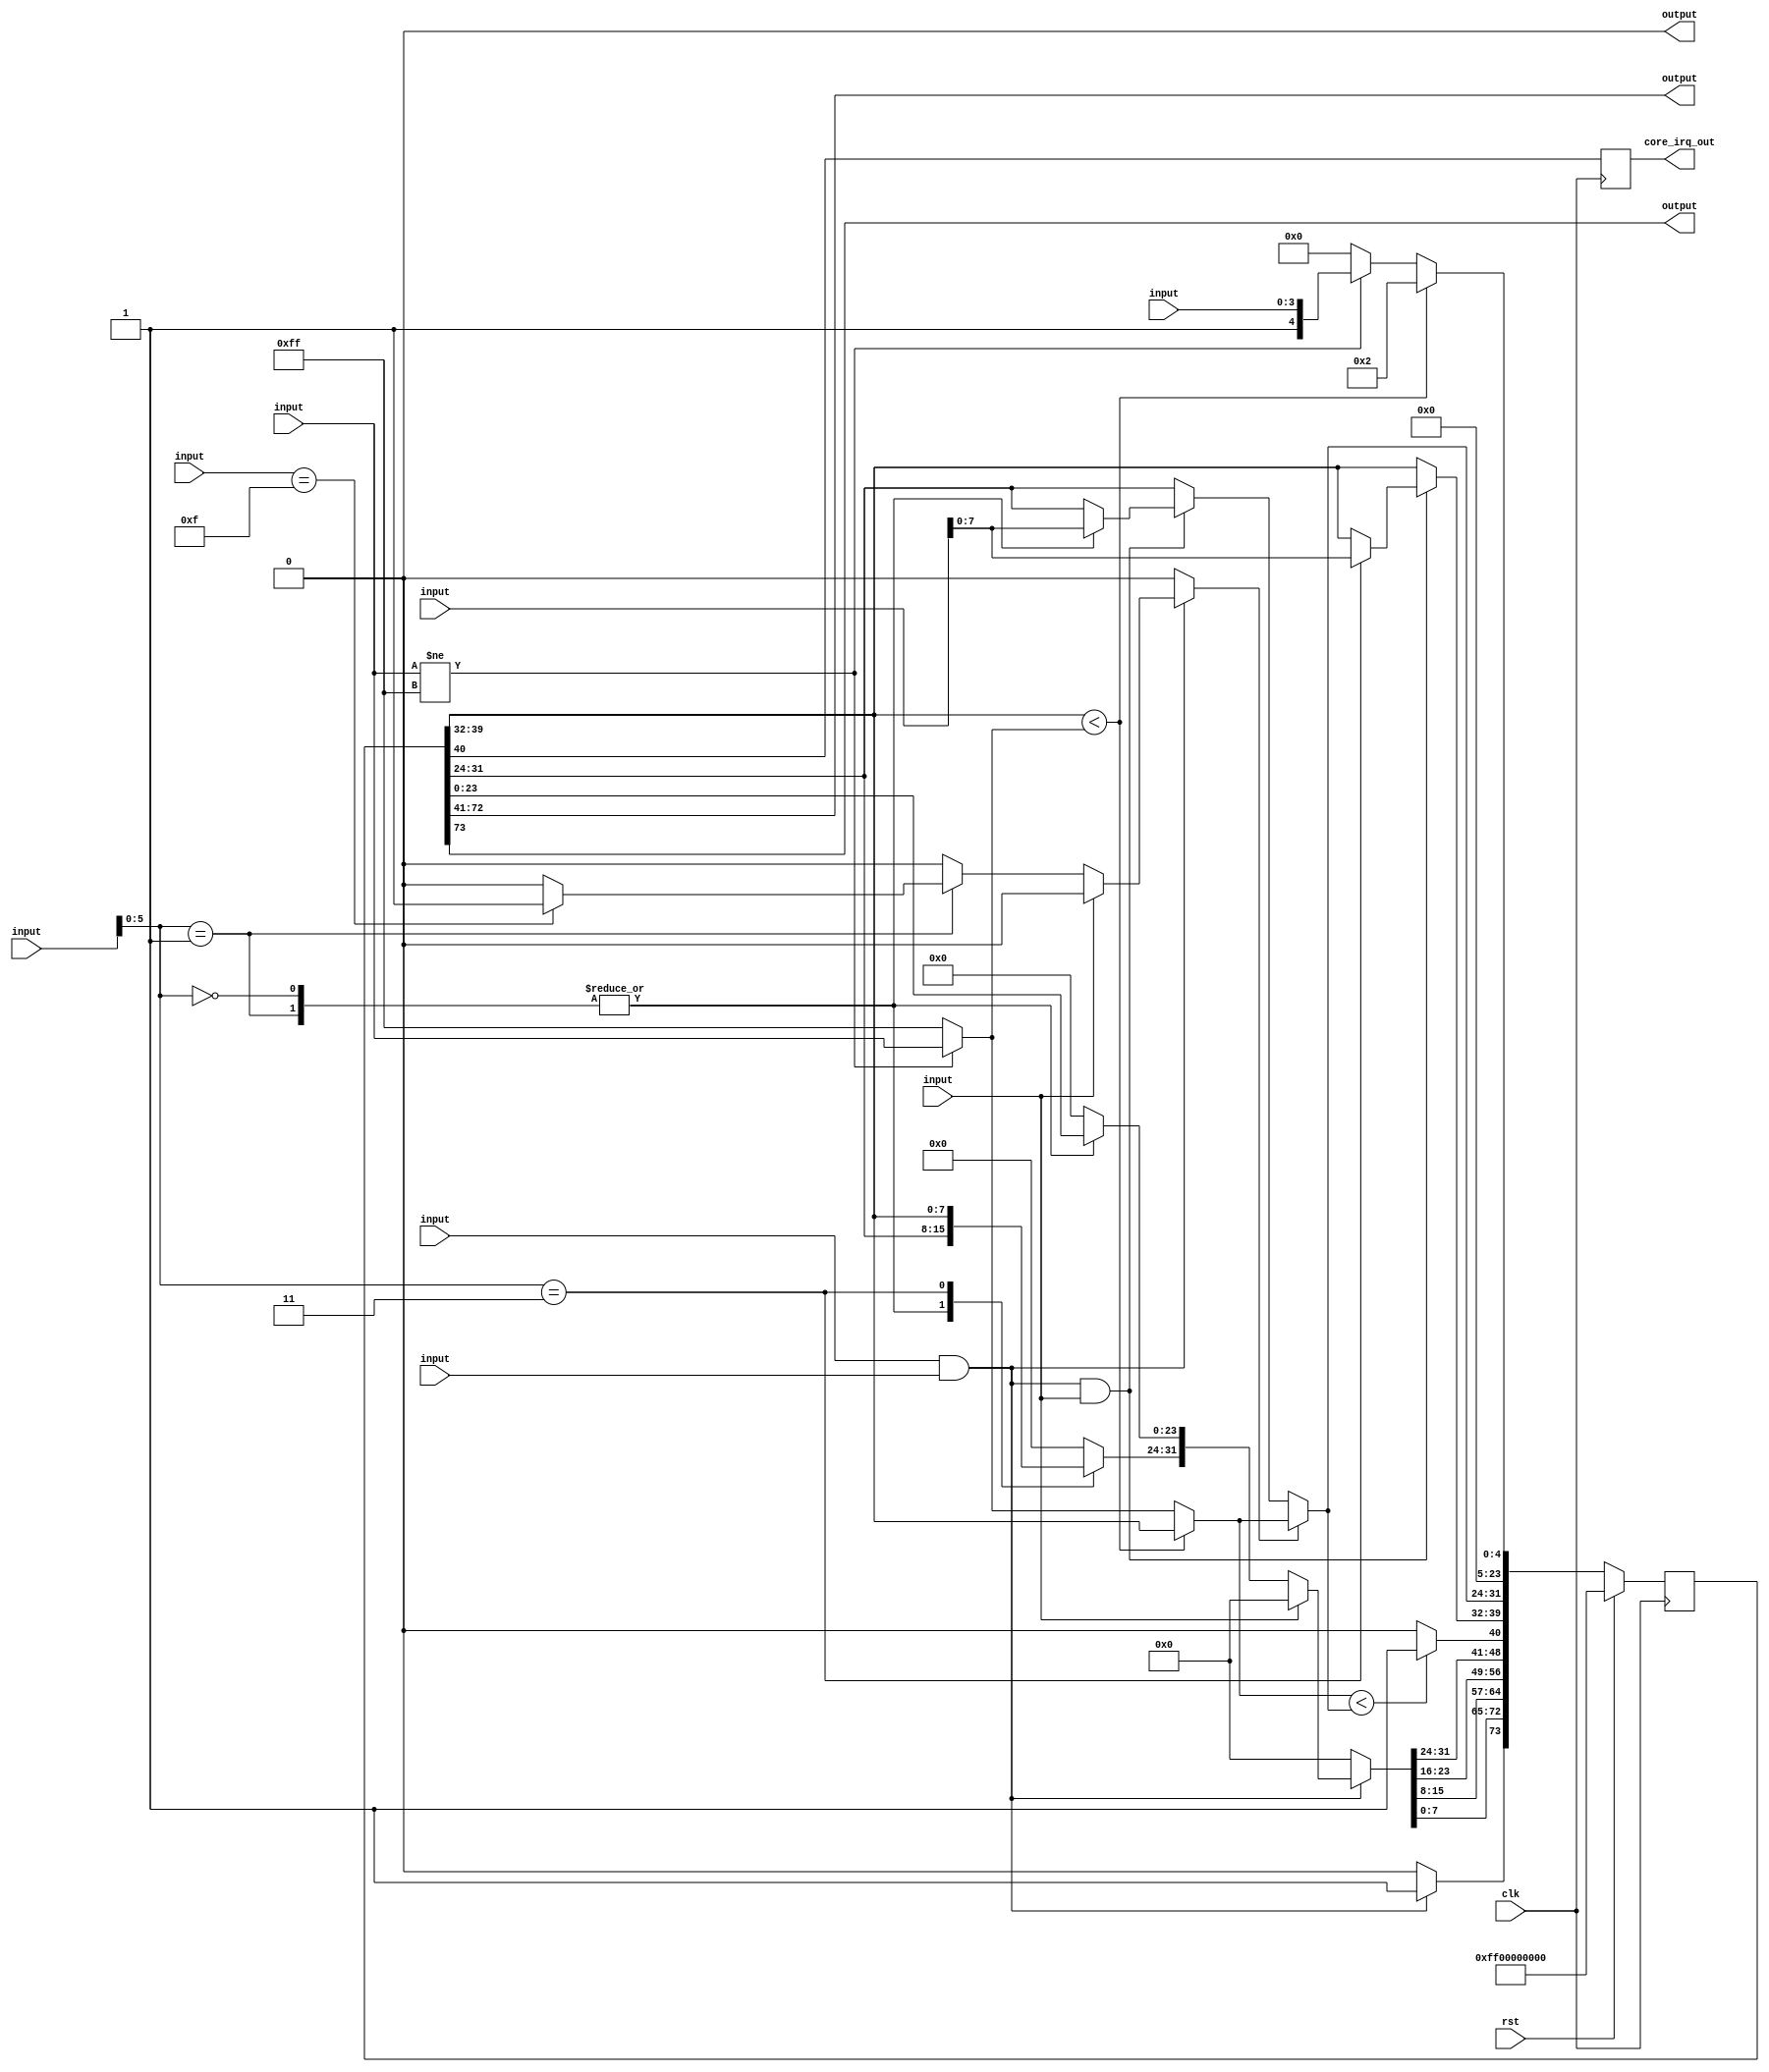
module xics_icp(clk, rst, \wb_in.adr , \wb_in.dat , \wb_in.sel , \wb_in.cyc , \wb_in.stb , \wb_in.we , \ics_in.src , \ics_in.pri , \wb_out.dat , \wb_out.ack , \wb_out.stall , core_irq_out);
  reg _00_;
  reg [73:0] _01_;
  wire _02_;
  wire _03_;
  wire _04_;
  wire _05_;
  wire [7:0] _06_;
  wire [7:0] _07_;
  wire _08_;
  wire _09_;
  wire _10_;
  wire _11_;
  wire _12_;
  wire _13_;
  wire [23:0] _14_;
  wire [7:0] _15_;
  wire _16_;
  wire [31:0] _17_;
  wire _18_;
  wire _19_;
  wire _20_;
  wire [31:0] _21_;
  wire _22_;
  wire [23:0] _23_;
  wire [7:0] _24_;
  wire _25_;
  wire [23:0] _26_;
  wire [7:0] _27_;
  wire [7:0] _28_;
  wire [7:0] _29_;
  wire [7:0] _30_;
  wire _31_;
  wire _32_;
  wire [73:0] _33_;
  input clk;
  wire clk;
  output core_irq_out;
  wire core_irq_out;
  input [7:0] \ics_in.pri ;
  wire [7:0] \ics_in.pri ;
  input [3:0] \ics_in.src ;
  wire [3:0] \ics_in.src ;
  wire [73:0] r;
  wire [73:0] r_next;
  input rst;
  wire rst;
  input [29:0] \wb_in.adr ;
  wire [29:0] \wb_in.adr ;
  input \wb_in.cyc ;
  wire \wb_in.cyc ;
  input [31:0] \wb_in.dat ;
  wire [31:0] \wb_in.dat ;
  input [3:0] \wb_in.sel ;
  wire [3:0] \wb_in.sel ;
  input \wb_in.stb ;
  wire \wb_in.stb ;
  input \wb_in.we ;
  wire \wb_in.we ;
  output \wb_out.ack ;
  wire \wb_out.ack ;
  output [31:0] \wb_out.dat ;
  wire [31:0] \wb_out.dat ;
  output \wb_out.stall ;
  wire \wb_out.stall ;
  always @(posedge clk)
    _00_ <= r[40];
  always @(posedge clk)
    _01_ <= r_next;
  assign _02_ = \wb_in.cyc  & \wb_in.stb ;
  assign _03_ = { \wb_in.adr [5:0], 2'h0 } == 8'h00;
  assign _04_ = { \wb_in.adr [5:0], 2'h0 } == 8'h04;
  assign _05_ = { \wb_in.adr [5:0], 2'h0 } == 8'h0c;
  function [7:0] \2970 ;
    input [7:0] a;
    input [23:0] b;
    input [2:0] s;
    (* parallel_case *)
    casez (s)
      3'b??1:
        \2970  = b[7:0];
      3'b?1?:
        \2970  = b[15:8];
      3'b1??:
        \2970  = b[23:16];
      default:
        \2970  = a;
    endcase
  endfunction
  assign _06_ = \2970 (r[31:24], { r[31:24], \wb_in.dat [7:0], \wb_in.dat [7:0] }, { _05_, _04_, _03_ });
  function [7:0] \2972 ;
    input [7:0] a;
    input [23:0] b;
    input [2:0] s;
    (* parallel_case *)
    casez (s)
      3'b??1:
        \2972  = b[7:0];
      3'b?1?:
        \2972  = b[15:8];
      3'b1??:
        \2972  = b[23:16];
      default:
        \2972  = a;
    endcase
  endfunction
  assign _07_ = \2972 (r[39:32], { \wb_in.dat [7:0], r[39:32], r[39:32] }, { _05_, _04_, _03_ });
  assign _08_ = { \wb_in.adr [5:0], 2'h0 } == 8'h00;
  assign _09_ = \wb_in.sel  == 4'hf;
  assign _10_ = _09_ ? 1'h1 : 1'h0;
  assign _11_ = { \wb_in.adr [5:0], 2'h0 } == 8'h04;
  assign _12_ = { \wb_in.adr [5:0], 2'h0 } == 8'h0c;
  function [0:0] \2997 ;
    input [0:0] a;
    input [2:0] b;
    input [2:0] s;
    (* parallel_case *)
    casez (s)
      3'b??1:
        \2997  = b[0:0];
      3'b?1?:
        \2997  = b[1:1];
      3'b1??:
        \2997  = b[2:2];
      default:
        \2997  = a;
    endcase
  endfunction
  assign _13_ = \2997 (1'h0, { 1'h0, _10_, 1'h0 }, { _12_, _11_, _08_ });
  function [23:0] \3001 ;
    input [23:0] a;
    input [71:0] b;
    input [2:0] s;
    (* parallel_case *)
    casez (s)
      3'b??1:
        \3001  = b[23:0];
      3'b?1?:
        \3001  = b[47:24];
      3'b1??:
        \3001  = b[71:48];
      default:
        \3001  = a;
    endcase
  endfunction
  assign _14_ = \3001 (24'h000000, { 24'h000000, r[23:0], r[23:0] }, { _12_, _11_, _08_ });
  function [7:0] \3005 ;
    input [7:0] a;
    input [23:0] b;
    input [2:0] s;
    (* parallel_case *)
    casez (s)
      3'b??1:
        \3005  = b[7:0];
      3'b?1?:
        \3005  = b[15:8];
      3'b1??:
        \3005  = b[23:16];
      default:
        \3005  = a;
    endcase
  endfunction
  assign _15_ = \3005 (8'h00, { r[39:24], r[31:24] }, { _12_, _11_, _08_ });
  assign _16_ = \wb_in.we  ? 1'h0 : _13_;
  assign _17_ = \wb_in.we  ? 32'd0 : { _15_, _14_ };
  assign _18_ = _02_ & \wb_in.we ;
  assign _19_ = _02_ ? 1'h1 : 1'h0;
  assign _20_ = _02_ ? _16_ : 1'h0;
  assign _21_ = _02_ ? _17_ : 32'd0;
  assign _22_ = \ics_in.pri  != 8'hff;
  assign _23_ = _22_ ? { 20'h00001, \ics_in.src  } : 24'h000000;
  assign _24_ = _22_ ? \ics_in.pri  : 8'hff;
  assign _25_ = r[39:32] < _24_;
  assign _26_ = _25_ ? 24'h000002 : _23_;
  assign _27_ = _25_ ? r[39:32] : _24_;
  assign _28_ = _18_ ? _06_ : r[31:24];
  assign _29_ = _20_ ? _27_ : _28_;
  assign _30_ = _18_ ? _07_ : r[39:32];
  assign _31_ = _27_ < _29_;
  assign _32_ = _31_ ? 1'h1 : 1'h0;
  assign _33_ = rst ? 74'h000000000ff00000000 : { _19_, _21_[7:0], _21_[15:8], _21_[23:16], _21_[31:24], _32_, _30_, _29_, _26_ };
  assign r = _01_;
  assign r_next = _33_;
  assign \wb_out.dat  = r[72:41];
  assign \wb_out.ack  = r[73];
  assign \wb_out.stall  = 1'h0;
  assign core_irq_out = _00_;
endmodule